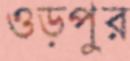
ওড়পুর